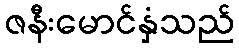
ဇနီးမောင်နှံသည်